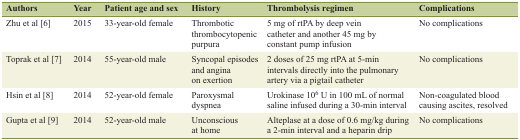
<table><thead><tr><td><b>Authors</b></td><td><b>Year</b></td><td><b>Patient age and sex</b></td><td><b>History</b></td><td><b>Thrombolysis regimen</b></td><td><b>Complications</b></td></tr></thead><tbody><tr><td>Zhu et al [6]</td><td>2015</td><td>33-year-old female</td><td>Thrombotic thrombocytopenic purpura</td><td>5 mg of rtPA by deep vein catheter and another 45 mg by constant pump infusion</td><td>No complications</td></tr><tr><td>Toprak et al [7]</td><td>2014</td><td>55-year-old male</td><td>Syncopal episodes and angina on exertion</td><td>2 doses of 25 mg rtPA at 5-min intervals directly into the pulmonary artery via a pigtail catheter</td><td>No complications</td></tr><tr><td>Hsin et al [8]</td><td>2014</td><td>52-year-old female</td><td>Paroxysmal dyspnea</td><td>Urokinase 10<sup>6</sup> U in 100 mL of normal saline infused during a 30-min interval</td><td>Non-coagulated blood causing ascites, resolved</td></tr><tr><td>Gupta et al [9]</td><td>2014</td><td>52-year-old male</td><td>Unconscious at home</td><td>Alteplase at a dose of 0.6 mg/kg during a 2-min interval and a heparin drip</td><td>No complications</td></tr></tbody></table>